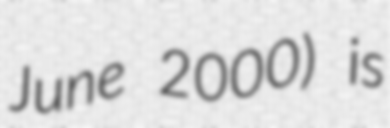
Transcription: June 2000) is